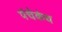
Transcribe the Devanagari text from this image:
पंचेकंथ